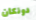
دونكان